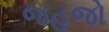
જહજો